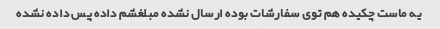
یه ماست چکیده هم توی سفارشات بوده ارسال نشده مبلغشم داده پس داده نشده